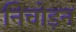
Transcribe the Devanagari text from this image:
निचोड़न